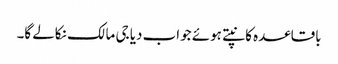
باقاعدہ کانپتے ہوئے جواب دیا جی مالک نکالے گا۔